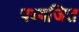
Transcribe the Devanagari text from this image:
पब्बजित